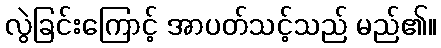
လွဲခြင်းကြောင့် အာပတ်သင့်သည် မည်၏။